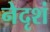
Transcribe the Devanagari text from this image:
नेदृशं